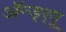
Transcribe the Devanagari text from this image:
अॅन्ड्‌र्‍यू